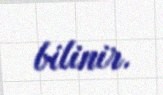
bilinir.